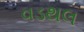
વડથલ